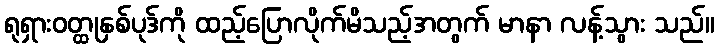
ရုရှားဝတ္ထုနှစ်ပုဒ်ကို ထည့်ပြောလိုက်မိသည့်အတွက် မာနာ လန့်သွား သည်။